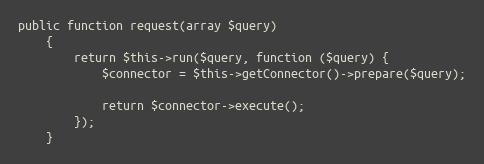
Language: PHP
public function request(array $query)
    {
        return $this->run($query, function ($query) {
            $connector = $this->getConnector()->prepare($query);

            return $connector->execute();
        });
    }